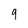
Character: 9